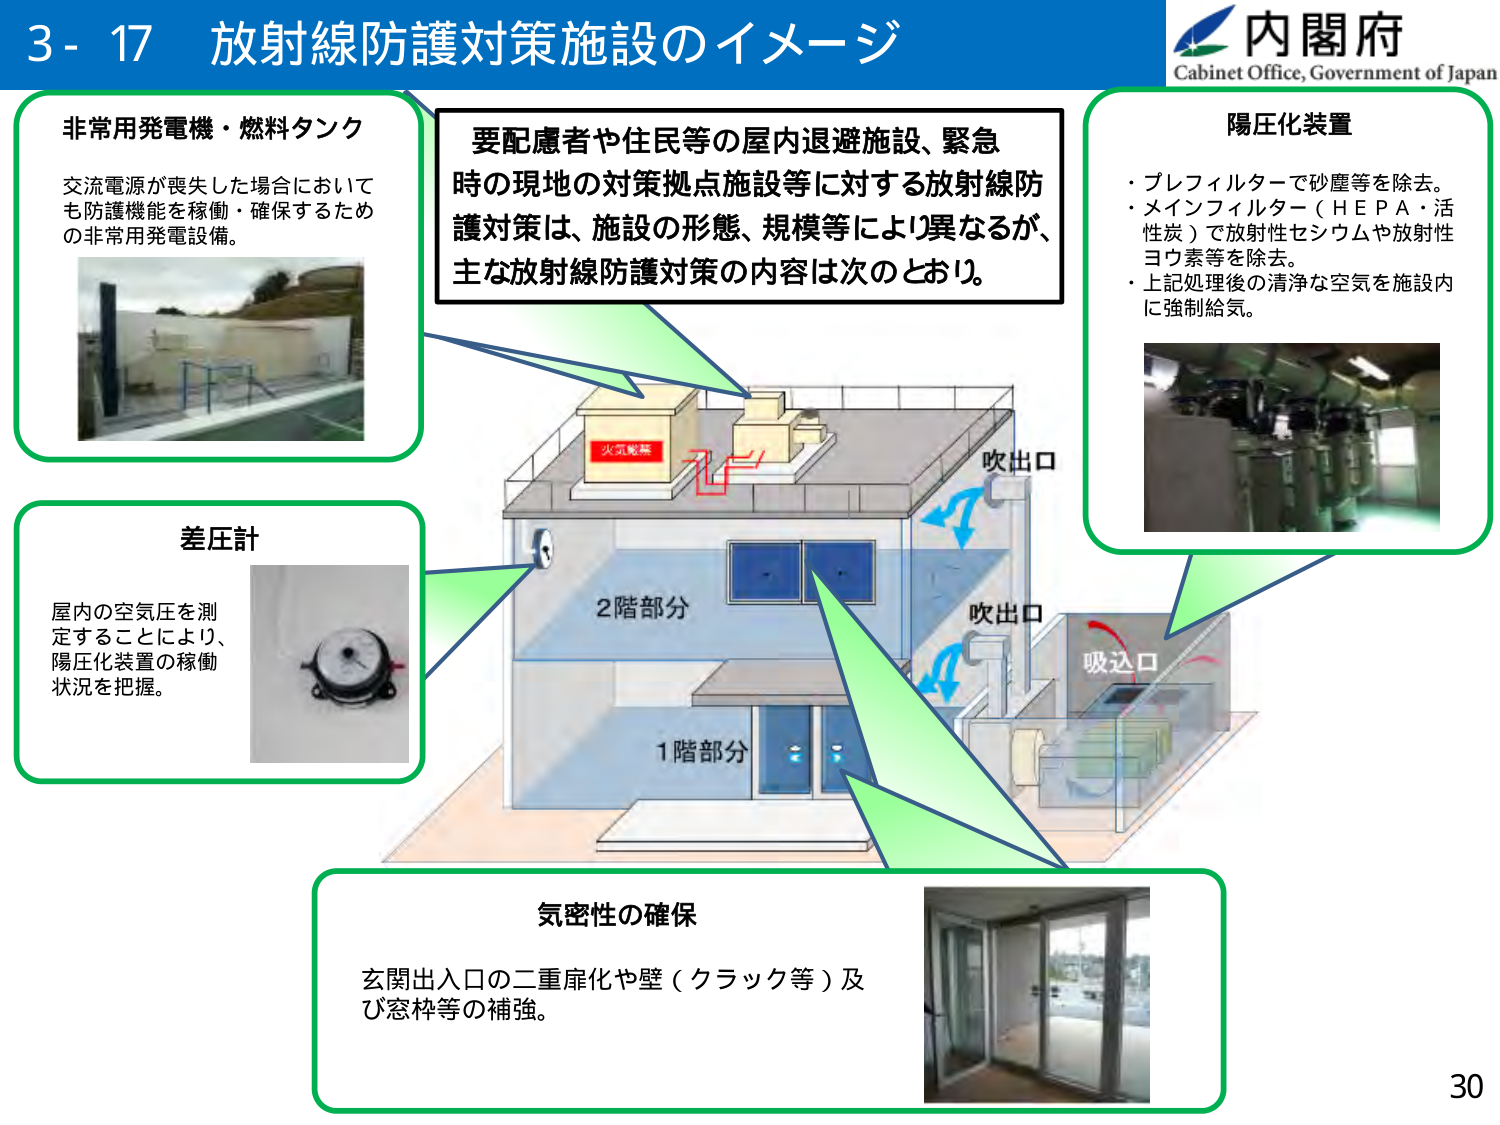
3 - 17 放射線防護対策施設のイメージ
内閣府
Cabinet Office, Government of Japan

非常用発電機・燃料タンク
交流電源が喪失した場合において
も防護機能を稼働・確保するため
の非常用発電設備。

要配慮者や住民等の屋内退避施設、緊急
時の現地の対策拠点施設等に対する放射線防
護対策は、施設の形態、規模等により異なるが、
主な放射線防護対策の内容は次のとおり。

陽圧化装置
・プレフィルターで砂塵等を除去。
・メインフィルター（ＨＥＰＡ・活性炭）で放射性セシウムや放射性
ヨウ素等を除去。
・上記処理後の清浄な空気を施設内
に強制給気。

差圧計
屋内の空気圧を測
定することにより、
陽圧化装置の稼働
状況を把握。

2階部分
1階部分
吹出口
吹出口
吸込口
火気厳禁

気密性の確保
玄関出入口の二重扉化や壁（クラック等）及
び窓枠等の補強。

30